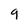
Character: 9